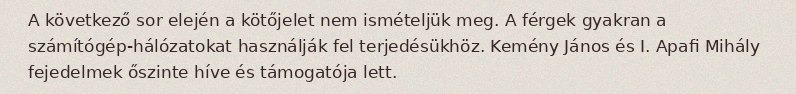
A következő sor elején a kötőjelet nem ismételjük meg. A férgek gyakran a számítógép-hálózatokat használják fel terjedésükhöz. Kemény János és I. Apafi Mihály fejedelmek őszinte híve és támogatója lett.